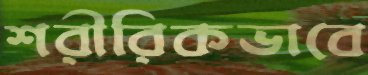
শরীরিকভাবে